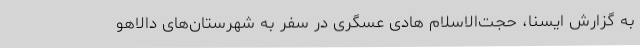
به گزارش ایسنا، حجت‌الاسلام هادی عسگری در سفر به شهرستان‌های دالاهو